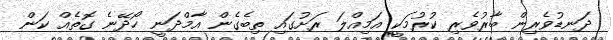
ދަނޑުވެރިން ބާރުވެރި ކުރުމަކީ އަމިއްލަ ރަށުގައި ތިބެގެން އާމްދަނީ ހޯދޭނެ ގޮތެއް ކަން